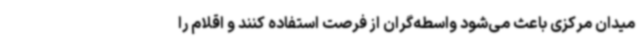
میدان مرکزی باعث می‌شود واسطه‌گران از فرصت استفاده کنند و اقلام را